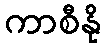
ကာစီနို